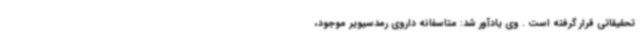
تحقیقاتی قرار گرفته است . وی یادآور شد: متاسفانه داروی رمدسیویر موجود،